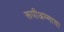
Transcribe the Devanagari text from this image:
रूपीअम्माचा